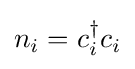
n_{i}=c_{i}^{\dagger }c_{i}